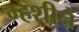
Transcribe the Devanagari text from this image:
म्हशीने